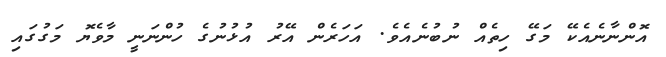
އޮންނާނެއެކޭ މަގޭ ހިތެއް ނުބުނެއެވެ. އަހަރެން އޭރު އުޅުނުގެ ހުންނަނީ މާވެޔޮ މަގުގައި